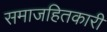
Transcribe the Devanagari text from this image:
समाजहितकारी